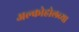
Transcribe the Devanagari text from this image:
अल्कोहोलच्या